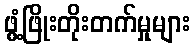
ဖွံ့ဖြိုးတိုးတက်မှုများ